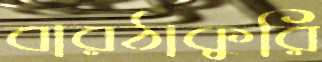
বারঠাকুরি